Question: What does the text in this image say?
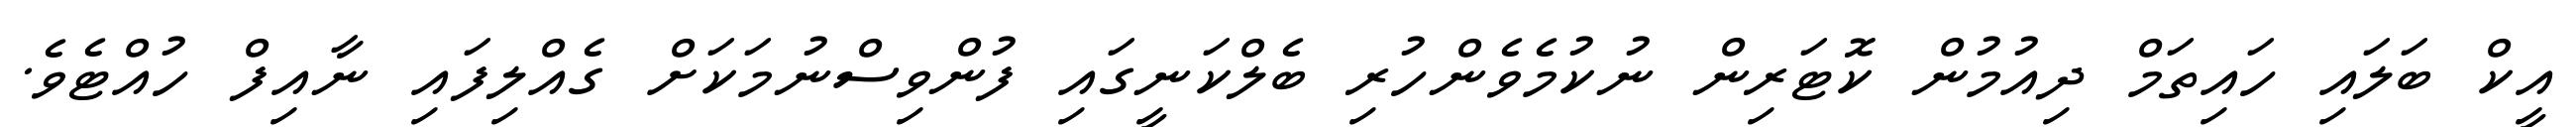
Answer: އީކް ބަލައި ހައިތަމް ދިއުމުން ކޮޓަރިން ނުކުމެވެންހުރި ބެލްކަނީގައި ފުންވިސްނުމަކަށް ގެއްލިފައި ނާއިފް ހުއްޓެވެ.